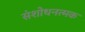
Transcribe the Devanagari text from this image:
संशोधनत्मक